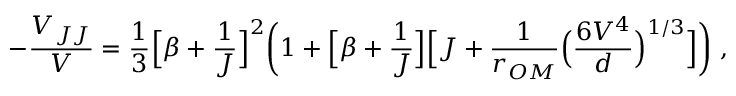
- \frac { V _ { J J } } { V } = \frac { 1 } { 3 } \Big [ \beta + \frac { 1 } { J } \Big ] ^ { 2 } \bigg ( 1 + \Big [ \beta + \frac { 1 } { J } \Big ] \Big [ J + \frac { 1 } { r _ { O M } } \Big ( \frac { 6 V ^ { 4 } } { d } \Big ) ^ { 1 / 3 } \Big ] \bigg ) \; ,